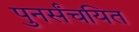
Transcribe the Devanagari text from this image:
पुनर्संचयित